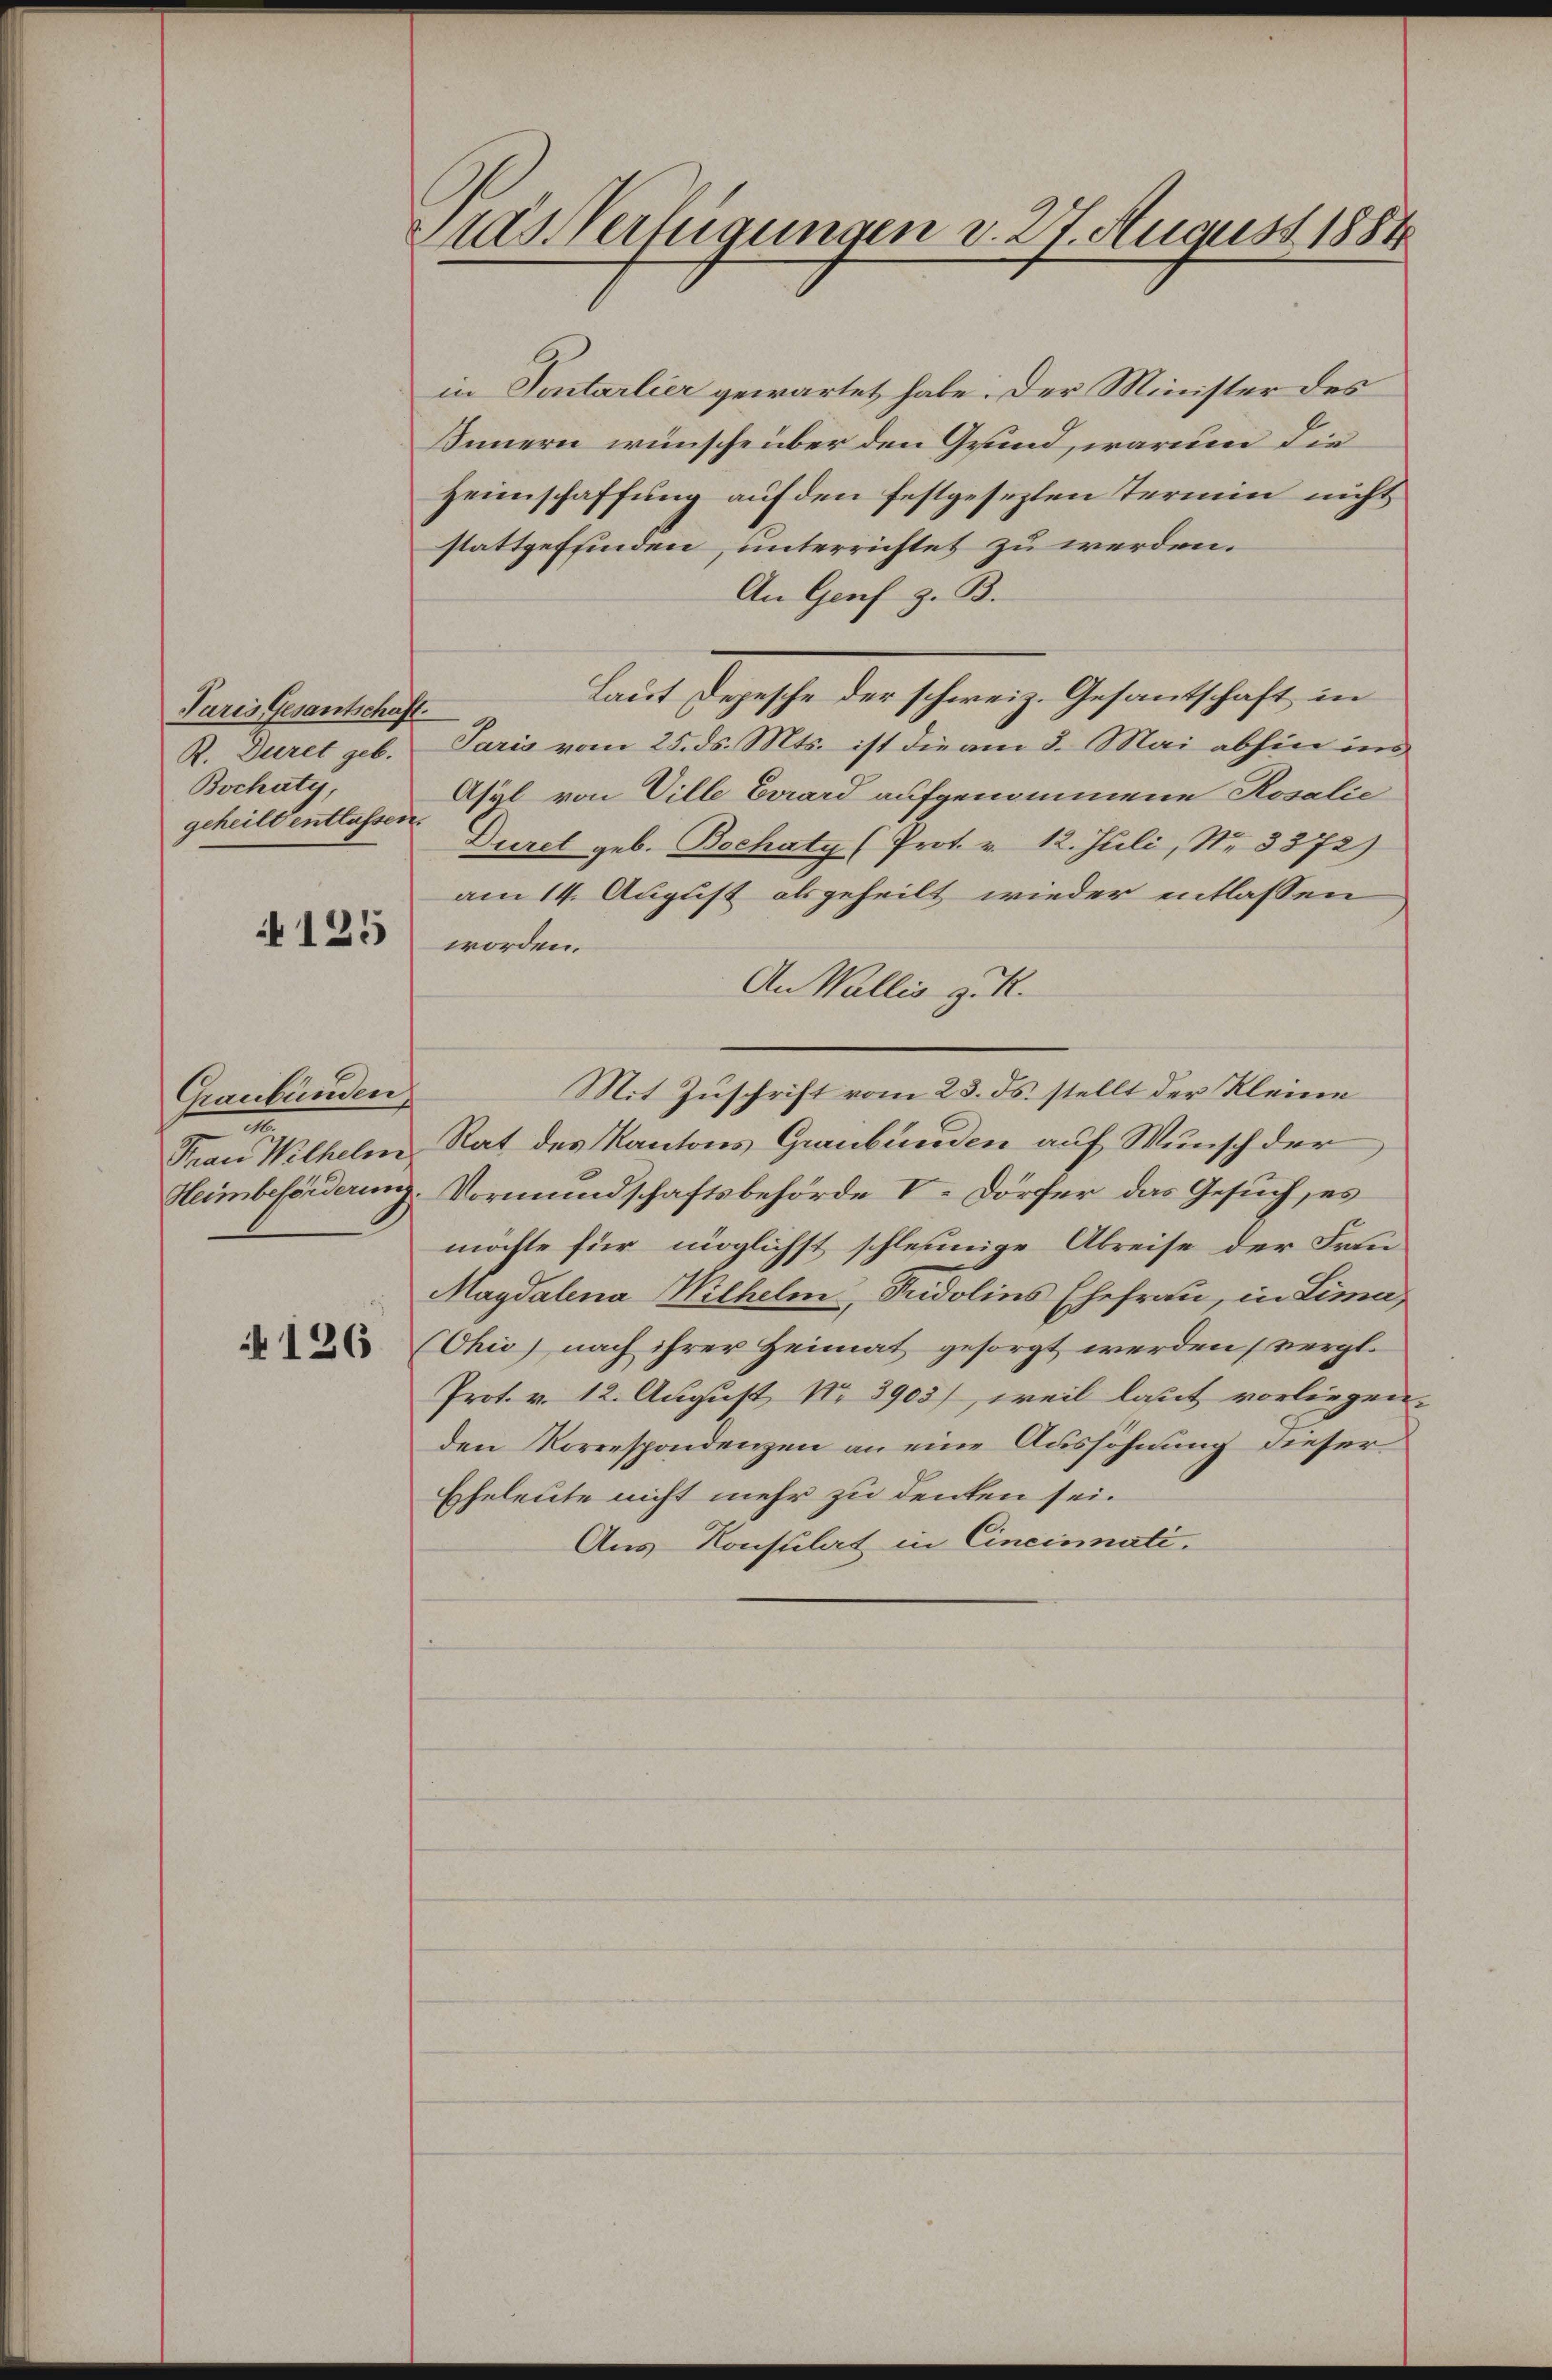
Paris Gesantschaft
R. Duret geb.
Bocháty,
geheilt entlassen.

4125

Graubünden,
.
Frau Wilhelm
Heimbeförderung.

126

Dias Verfügungen v. 27. August 1884

in Tentarlier gewartet habe. Der Minister des
Innern wünsche über den Grund, warum die
Heimschaffung auf den festgesezten Termin nicht
stattgeffinden, unterrichtet zu werden.
An Genf z. B.
Laut Depesche der schweiz. Gesantschaft in
.
Paris vom 25. ds. Mts. ist die am 3. Mai abhin in
Asyl von Ville Evard aufgenommene Rosalie
Durch geb. Bochaty (Prot. v. 12. Juli, Nr. 3372)
am 14. August alsgeheilt wieder entlassen
worden.
An Wallis z. R.
Mit Zuschrift vom 23. ds. stellt der Kleine
Rat des Kantons Graubünden auf Wunsch der
Vormundschaftsbehörde V. Dörfer das Gesuch, es
möchte für möglichst schleunige Abreise der Frau
Magdalena Wilhelm Fridolins Ehefrau, in Lima
Chio) nach ihrer Heimat gesorgt werden (vergl.
Prot. v. 12. August No 3905), weil lasst vorliegen-
den Korrespondenzen an eine Aussöhnung dieser
Eheleute nicht mehr zu denken sei.
Aus Konsulat in Cincinati.